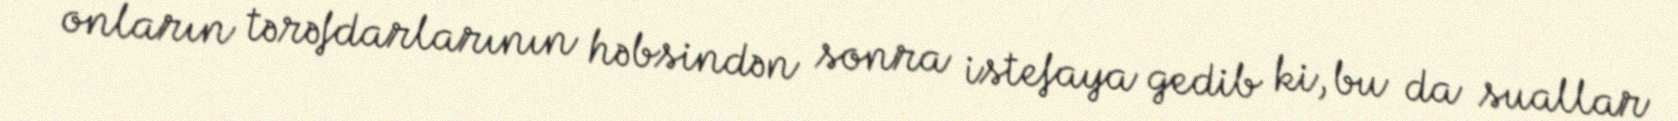
onların tərəfdarlarının həbsindən sonra istefaya gedib ki, bu da suallar